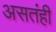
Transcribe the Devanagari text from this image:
असतंही